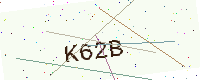
Text: K62B